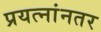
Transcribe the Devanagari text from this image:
प्रयत्नांनतर